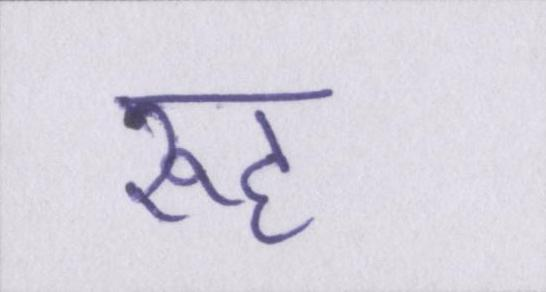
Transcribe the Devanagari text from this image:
रूह